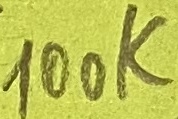
Text: 100K